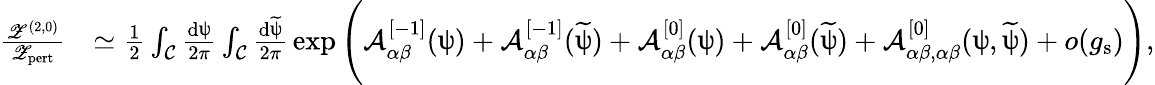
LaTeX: \begin{array}{rl}{\frac{{\mathscr Z}^{(2,0)}}{{\mathscr Z}_{\mathrm{pert}}}}&{\simeq\frac{1}{2}\int_{{\mathcal C}}\frac{\mathrm{d}\uppsi}{2\pi}\int_{{\mathcal C}}\frac{\mathrm{d}\widetilde{\uppsi}}{2\pi}\, \exp\Bigg({\mathcal A}_{\alpha\beta}^{[-1]}(\uppsi)+{\mathcal A}_{\alpha\beta}^{[-1]}(\widetilde{\uppsi})+{\mathcal A}_{\alpha\beta}^{[0]}(\uppsi)+{\mathcal A}_{\alpha\beta}^{[0]}(\widetilde{\uppsi})+{\mathcal A}_{\alpha\beta,\alpha\beta}^{[0]}(\uppsi,\widetilde{\uppsi})+o(g_{\mathrm{s}})\Bigg),}\end{array}